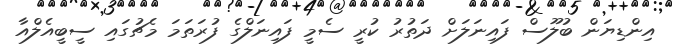
އިންޑިޔަން ބުލޫސް ފައިނަލަށް ދަތުރު ކުރީ ސެމީ ފައިނަލްގެ ފުރަތަމަ މެޗުގައި ސީބީއެލްއާ